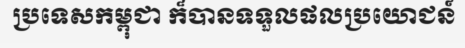
ប្រទេសកម្ពុជា ក៏បានទទួលផលប្រយោជន៍